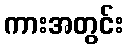
ကားအတွင်း